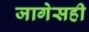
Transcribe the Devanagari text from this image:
जागेसही